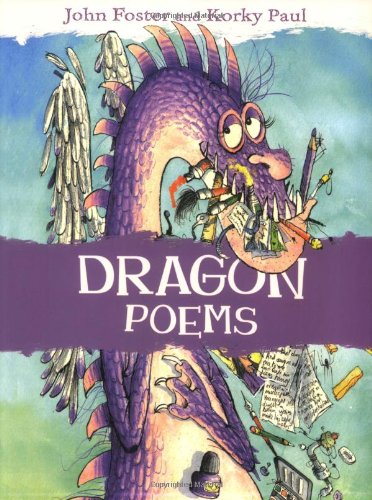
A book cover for Dragon Poems; John Foster; Humor & Entertainment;